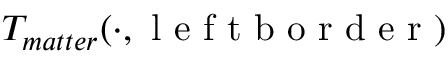
T _ { m a t t e r } ( \cdot , \mathrm { ~ l ~ e ~ f ~ t ~ b ~ o ~ r ~ d ~ e ~ r ~ } )